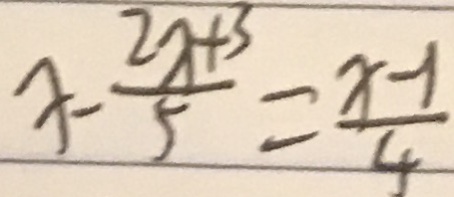
x - \frac { 2 x + 3 } { 5 } = \frac { x - 1 } { 4 }